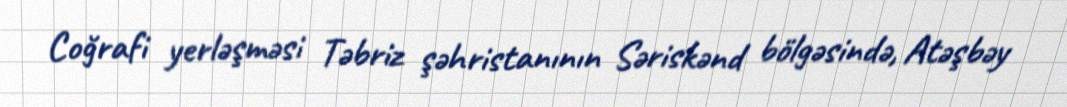
Coğrafi yerləşməsi Təbriz şəhristanının Səriskənd bölgəsində, Atəşbəy